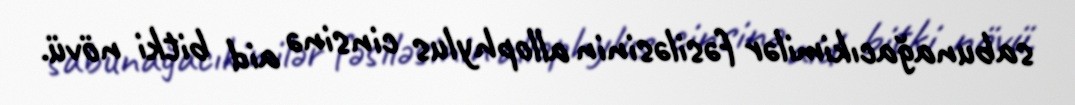
sabunağacıkimilər fəsiləsinin allophylus cinsinə aid bitki növü.